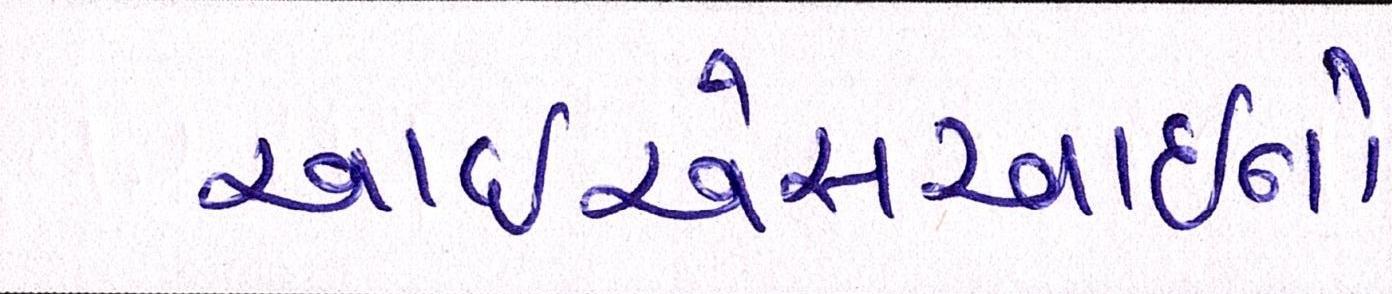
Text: આઇએસઆઇનો